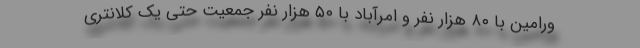
ورامین با ۸۰ هزار نفر و امرآباد با ۵۰ هزار نفر جمعیت حتی یک کلانتری